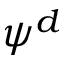
\psi ^ { d }